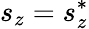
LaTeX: s_{z}=s_{z}^{*}